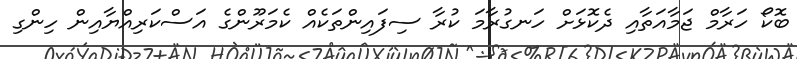
ބޮކޯ ހަރާމް ޖަމާއަތާއި ދެކޮޅަށް ހަނގުރާމަ ކުރާ ސިފައިންތަކެއް ކެމަރޫންގެ އަސްކަރިއްޔާއިން ހިންގި